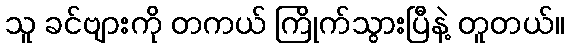
သူ ခင်ဗျားကို တကယ် ကြိုက်သွားပြီနဲ့ တူတယ်။